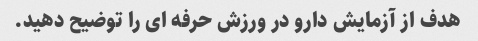
هدف از آزمایش دارو در ورزش حرفه ای را توضیح دهید.